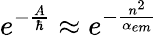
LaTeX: e^{-\frac{A}{\hbar}}\approx e^{-\frac{n^{2}}{\alpha_{em}}}